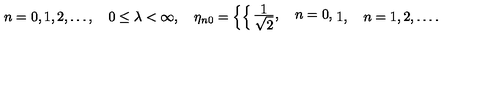
n = 0 , 1 , 2 , \ldots , \quad 0 \leq \lambda < \infty , \quad \eta _ { n 0 } = \left\{ \begin{cases} { \frac { { \displaystyle 1 } } { { \displaystyle \sqrt 2 } } , \quad n = 0 , } \\ { 1 , \quad n = 1 , 2 , \ldots . } \\ \end{cases} \right.